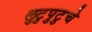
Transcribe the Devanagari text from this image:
लुटुपुटुचे